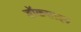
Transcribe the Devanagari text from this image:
डॉकसाइड